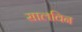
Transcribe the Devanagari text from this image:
सालविन